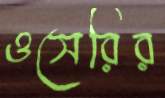
ওসেরির